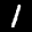
Label: 1